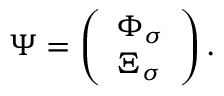
\Psi = \left( \begin{array} { l } { { \Phi _ { \sigma } } } \\ { { \Xi _ { \sigma } } } \end{array} \right) .